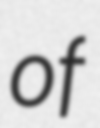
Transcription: of